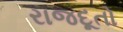
રાજદૂતો